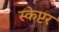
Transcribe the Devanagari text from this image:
स्केप्टर